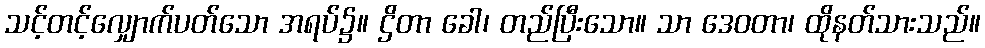
သင့်တင့်လျှောက်ပတ်သော အရပ်၌။ ဌိတာ ခေါ၊ တည်ပြီးသော။ သာ ဒေဝတာ၊ ထိုနတ်သားသည်။